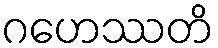
ဂဟေဿတိ